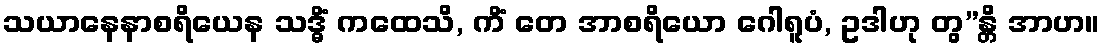
သယာနေနာစရိယေန သဒ္ဓိံ ကထေသိ, ကိံ တေ အာစရိယော ဂေါရူပံ, ဥဒါဟု တွ”န္တိ အာဟ။